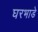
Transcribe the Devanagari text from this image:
घरभाडे